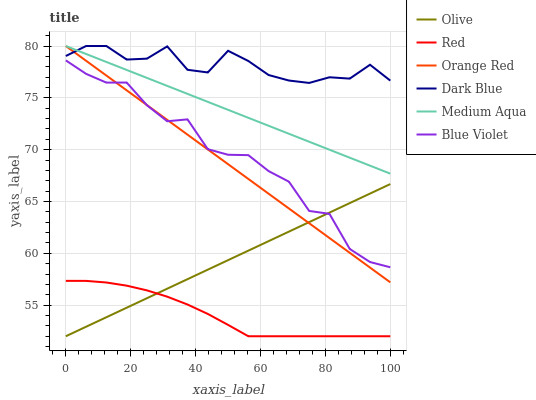
| xaxis_label | Olive | Red | Orange Red | Dark Blue | Medium Aqua | Blue Violet |
 | --- | --- | --- | --- | --- | --- | --- |
 | 0 | 52 | 57.3 | 80 | 79 | 80 | 78.6 |
 | 6.25 | 52.9 | 57.3 | 78.6 | 80 | 79.2 | 77.3 |
 | 12.5 | 53.8 | 57.2 | 77.2 | 80 | 78.5 | 76.5 |
 | 18.8 | 54.8 | 56.9 | 75.7 | 78.7 | 77.7 | 76.5 |
 | 25 | 55.7 | 56.4 | 74.3 | 78.8 | 76.9 | 74.3 |
 | 31.2 | 56.6 | 55.8 | 72.9 | 80 | 76.2 | 72.7 |
 | 37.5 | 57.5 | 55.1 | 71.5 | 77.7 | 75.4 | 72.9 |
 | 43.8 | 58.4 | 54.2 | 70 | 77.4 | 74.6 | 70 |
 | 50 | 59.3 | 53.1 | 68.6 | 79.5 | 73.8 | 69.5 |
 | 56.2 | 60.3 | 52 | 67.2 | 78.6 | 73.1 | 69.5 |
 | 62.5 | 61.2 | 52 | 65.8 | 77.2 | 72.3 | 67.9 |
 | 68.8 | 62.1 | 52 | 64.3 | 76.7 | 71.5 | 66.9 |
 | 75 | 63 | 52 | 62.9 | 76.4 | 70.8 | 64.1 |
 | 81.2 | 63.9 | 52 | 61.5 | 77 | 70 | 63.8 |
 | 87.5 | 64.8 | 52 | 60.1 | 76.9 | 69.2 | 60.4 |
 | 93.8 | 65.8 | 52 | 58.6 | 78.2 | 68.5 | 59.2 |
 | 100 | 66.7 | 52 | 57.2 | 76.7 | 67.7 | 58.7 |